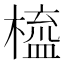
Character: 橀